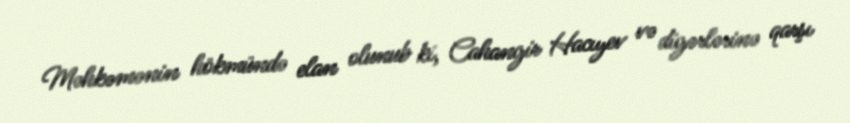
Məhkəmənin hökmündə elan olunub ki, Cahangir Hacıyev və digərlərinə qarşı